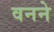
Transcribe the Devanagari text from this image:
वनने